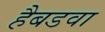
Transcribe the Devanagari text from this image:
हैबडवा